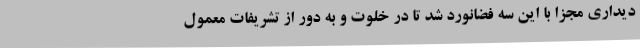
دیداری مجزا با این سه فضانورد شد تا در خلوت و به دور از تشریفات معمول